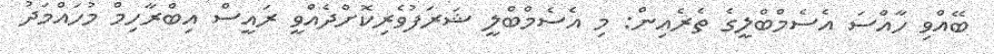
ބޭއްވި ހާއްސަ އެސެމްބްލީގެ ތެރެއިން: މި އެސެމްބްލީ ޝަރަފުވެރިކޮށްދެއްވީ ރައީސް އިބްރާހިމް މުހައްމަދު